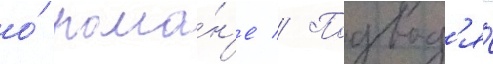
о́ рома́н'е // Подвод'я́